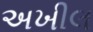
અખીલ